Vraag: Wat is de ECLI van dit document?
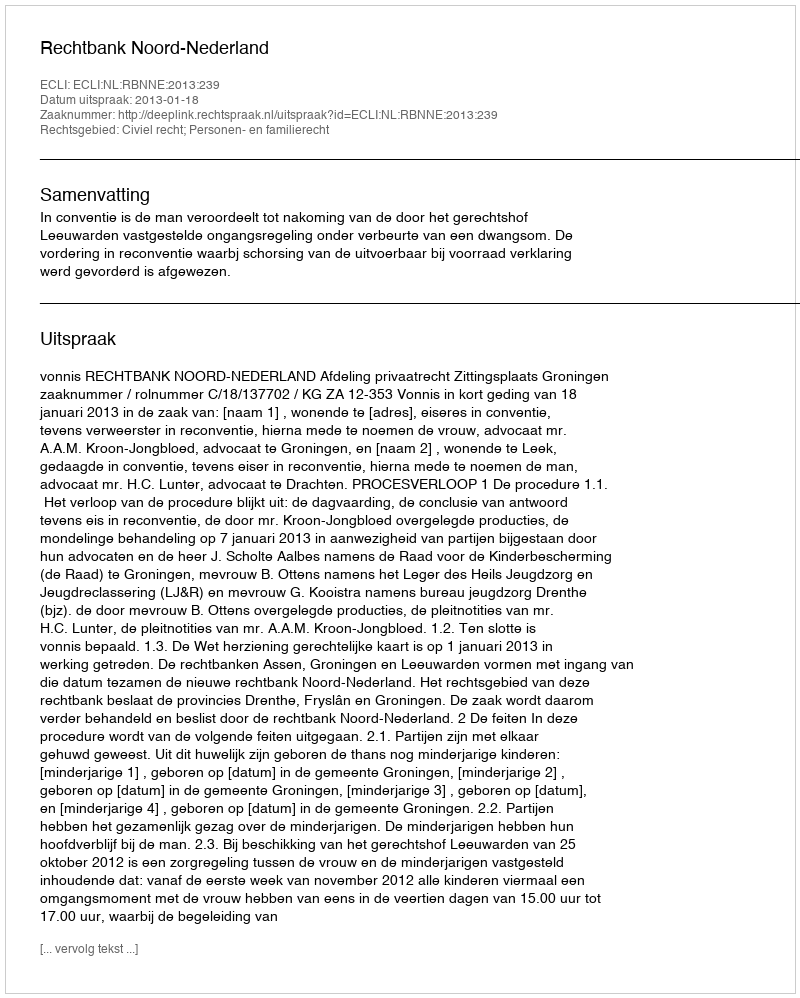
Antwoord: ECLI:NL:RBNNE:2013:239